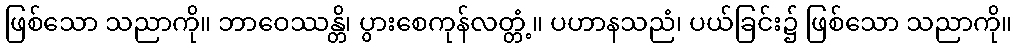
ဖြစ်သော သညာကို။ ဘာဝေဿန္တိ၊ ပွားစေကုန်လတ္တံ့။ ပဟာနသညံ၊ ပယ်ခြင်း၌ ဖြစ်သော သညာကို။